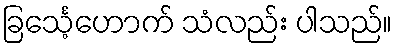
ခြင်္သေ့ဟောက် သံလည်း ပါသည်။